Annual report on the lock hospitals of the Madras Presidency
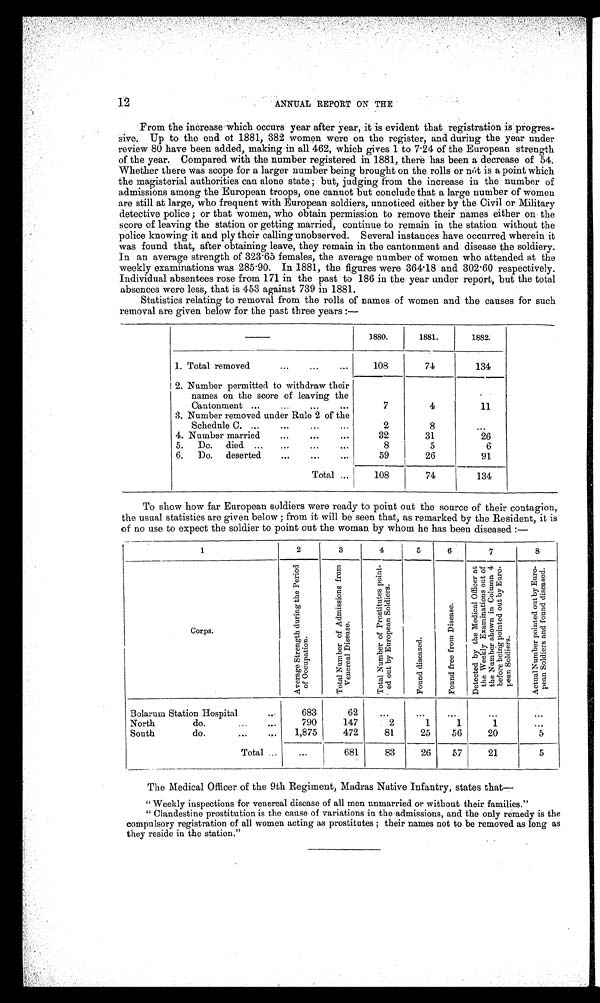
ANNUAL REPORT ON THE
From the increase which occurs year after year, it is evident that registration is progres-
sive. Up to the end of 1881, 382 women were on the register, and during the year under
review 80 have been added, making in all 462, which gives 1 to 7.24 of the European strength
of the year. Compared with the number registered in 1881, there has been a decrease of 54.
Whether there was scope for a larger number being brought on the rolls or not is a point which
the magisterial authorities can alone state; but, judging from the increase in the number of
admissions among the European troops, one cannot but conclude that a large number of women
are still at large, who frequent with European soldiers, unnoticed either by the Civil or Military
detective police;or that women, who obtain permission to remove their names either on the
score of leaving the station or getting married, continue to remain in the station without the
police knowing it and ply their calling unobserved. Several instances have occurred wherein it
was found that, after obtaining leave, they remain in the cantonment and disease the soldiery.
In an average strength of 323 . 65 females, the average number of women who attended at the
weekly examinations was 285 . 90. In 1881, the figures were 364.18 and 302.60 respectively.
Individual absentees rose from 171 in the past to 186 in the year under report, but the total
absences were less, that is 453 against 739 in 1881.
Statistics relating to removal from the rolls of names of women and the causes for such
removal are given below for the past three years :—
— 1880.
1881.
1882.
1. Total removed ...
...
...
108
74
134
2. Number permitted to withdraw their
names on the score of leaving the
Cantonment ... ... ...
...
...
7
4
11
3. Number removed under Rule 2 of the
Schedule C. ...
...
...
...
2
8
...
4. Number married
...
...
...
32
31
26
5. Do. died ...
...
...
8
5
6
6. Do. deserted
...
......
59
26
91
Total ...
108
74
134
To show how far European soldiers were ready to point out the source of their contagion,
the usual statistics are given below ; from it will be seen that, as remarked by the Resident, it is
of no use to expect the soldier to point out the woman by whom he has been diseased :—
1
2
3
4
5
6
7
8
Corps.
A v e r a g e S t r e n g t h d u r i n g P e r i o d o f O c c p u a t i o n .
T o t a l N u m b e r o f A d m i s s i o n s f r o m V e n e r e a l D i s e a s e .
T o t a l N u m b e r o f P r o s t i t u t e s p o i n t - e d . o u t . b y E u r o p e a n S o l d i e r s .
F o u n d d i s e a s e d .
F o u n d f r e e f r o m D i s e a s e .
D e t e c t e d . b y t h e M e d i c a l O f f i c e r a t t h e W e e k l y E x a m i n a t i o n s o u t o f t h e N u m b e r s h o w n i n C o l u m n 4 b e f o r e b e i n g p o i n t e d o u t b y E u r o p e a n S o l d i e r s .
A c t u a l N u m b e r p o i n t e d o u t . b y E u r o p e a n S o l d i e r s a n d f o u n d d i s e a s e d .
Bolarum Station.Hospital
683
62
...
...
...
....
...
North
do.
...
...
790
147
2
1
1
1
. . .
South
do.
...
...
1,875
472
81
25
56
20
5
Total ...
...
681
83
26
57
21
5
The Medical Officer of the 9th Regiment, Madras Native Infantry, states that
—
"Weekly inspections for venereal disease of all men unmarried or without their families."
" Clandestine prostitution is the cause of variations in the admissions, and the only remedy is the
compulsory registration of all women acting as prostitutes;their names not to be removed as long as
they reside in the station."
12